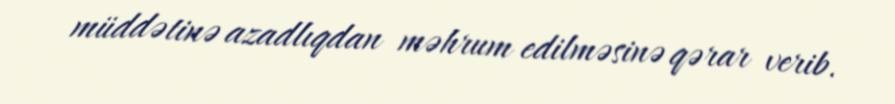
müddətinə azadlıqdan məhrum edilməsinə qərar verib.